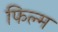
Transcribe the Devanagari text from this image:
फिल्म